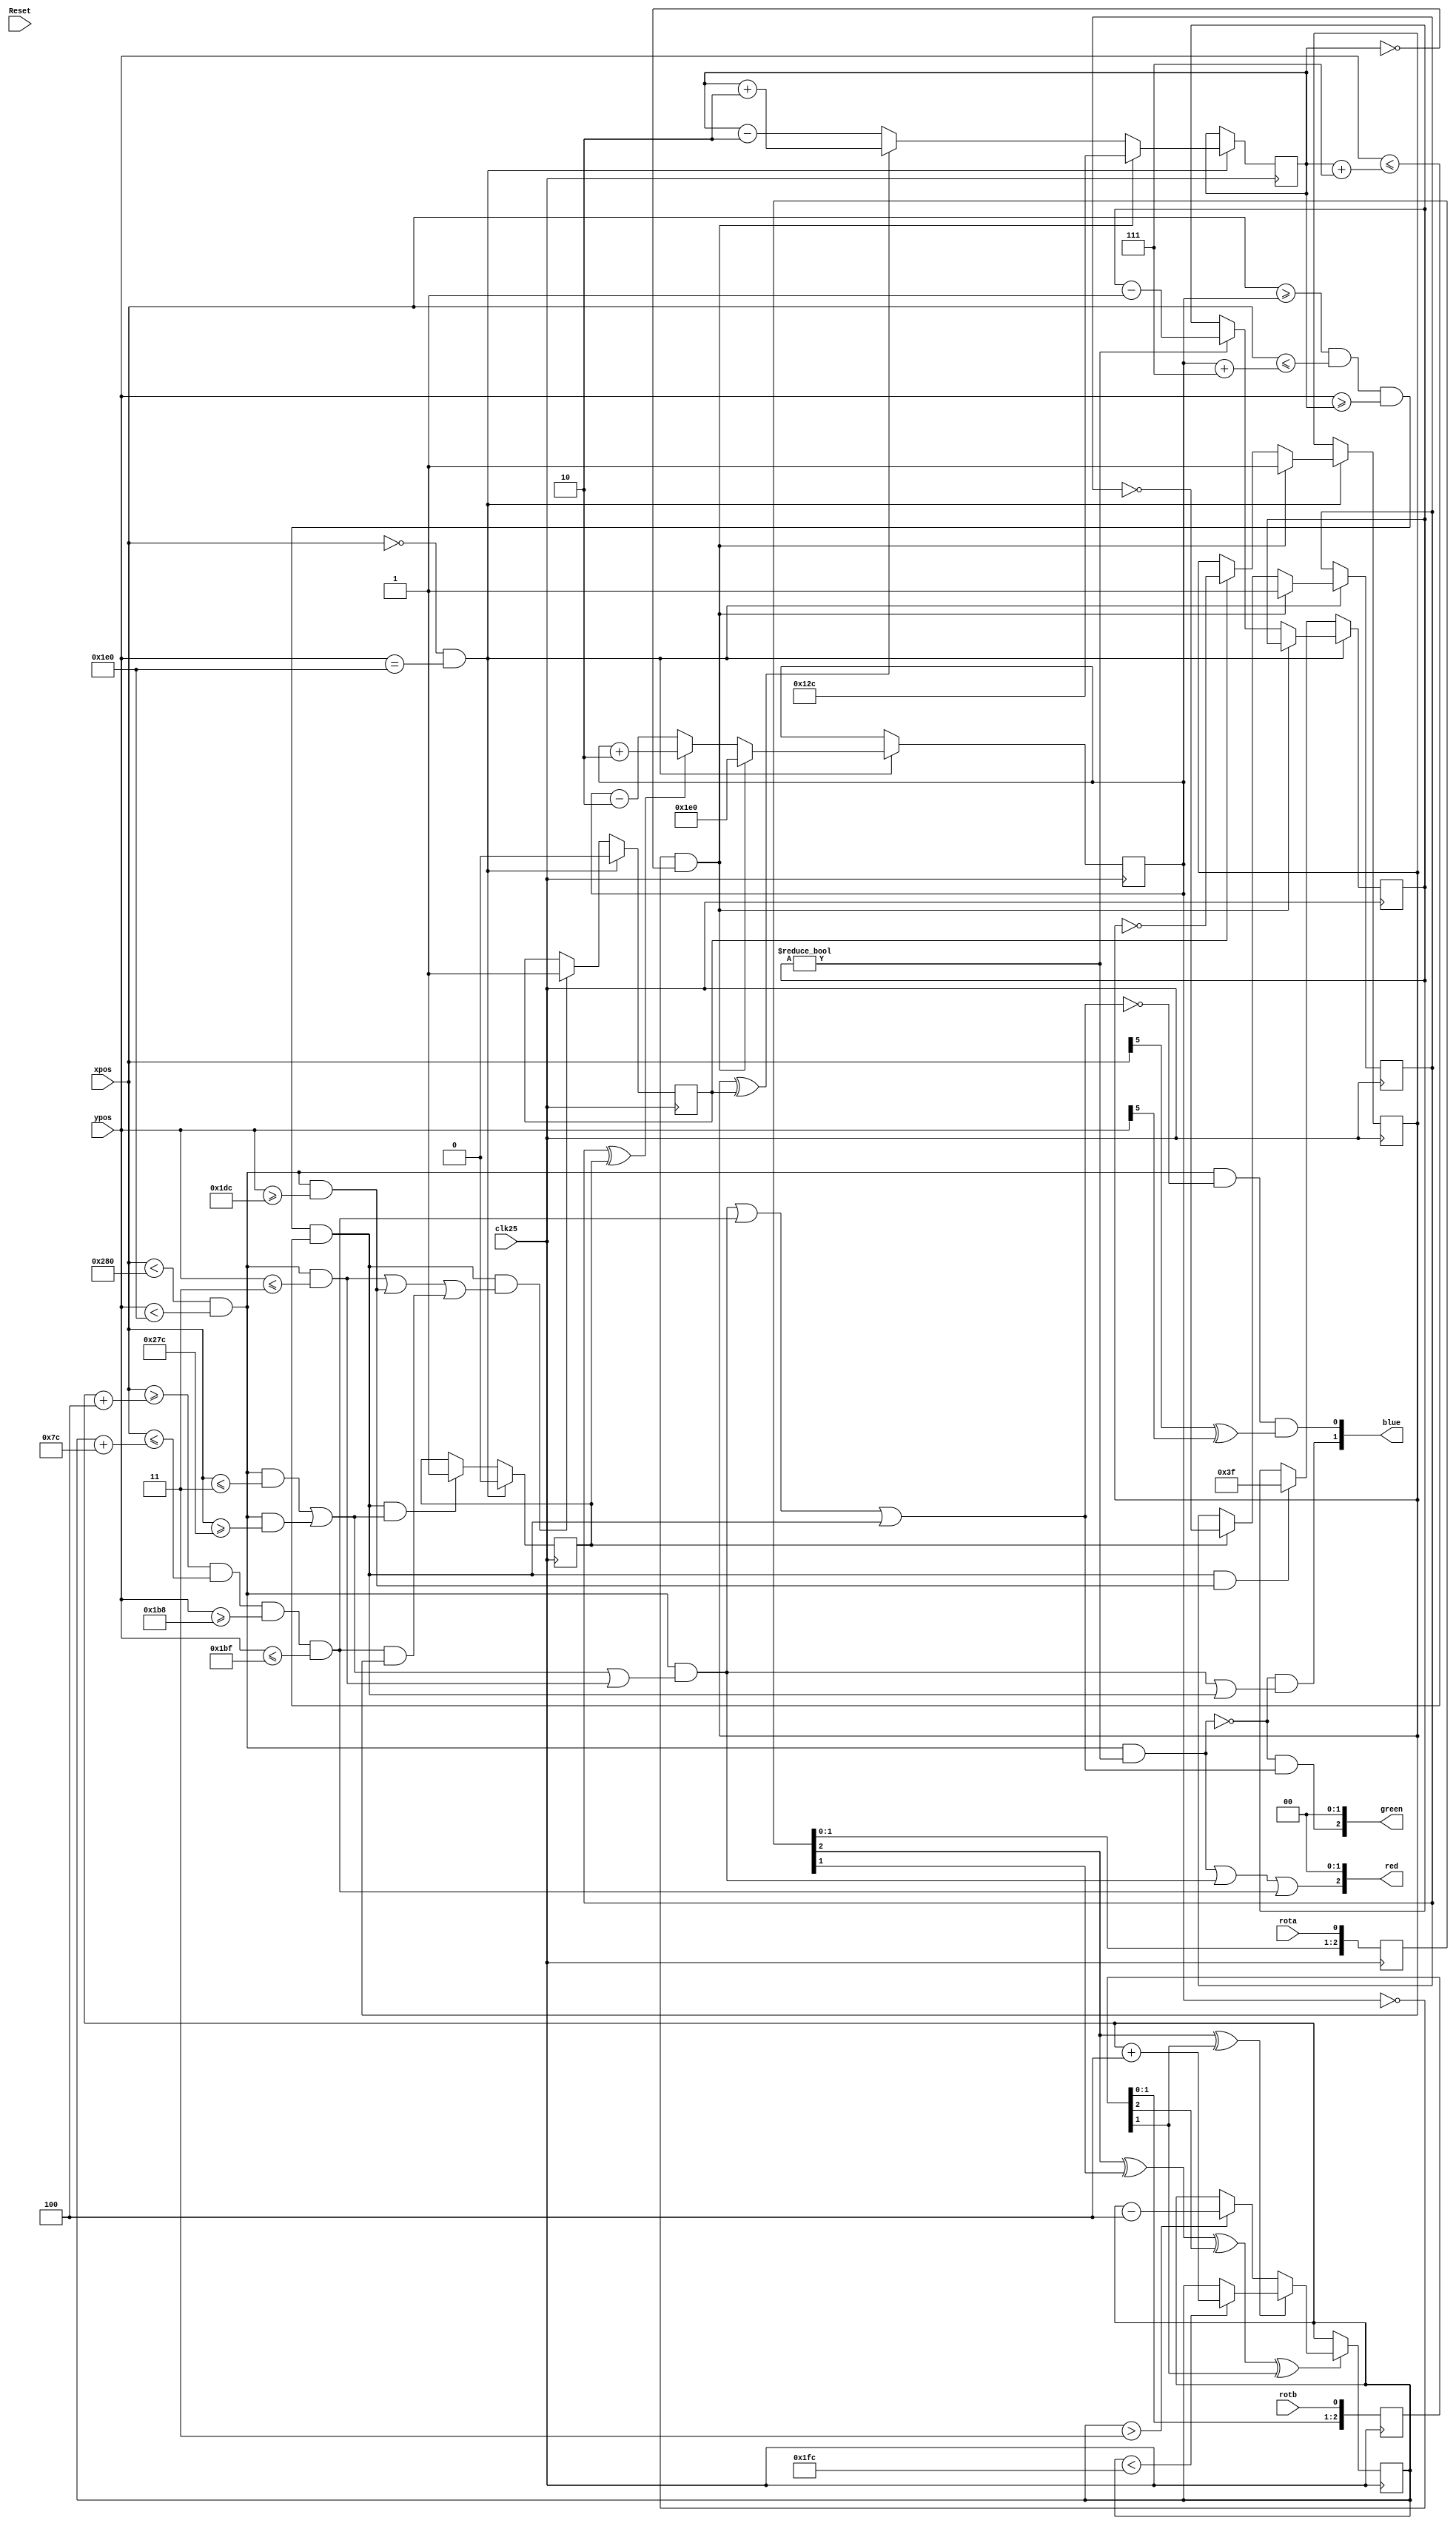
module game_module2015(input clk25, input Reset,
				input [9:0] xpos,
				input [9:0] ypos,
				input rota,
				input rotb,
				output [2:0] red,
				output [2:0] green,
				output [1:0] blue);
		
// paddle movement		
reg [8:0] paddlePosition;
reg [2:0] quadAr, quadBr;
always @(posedge clk25) quadAr <= {quadAr[1:0], rota};
always @(posedge clk25) quadBr <= {quadBr[1:0], rotb};

always @(posedge clk25)
if(quadAr[2] ^ quadAr[1] ^ quadBr[2] ^ quadBr[1])
begin
	if(quadAr[2] ^ quadBr[1]) begin
		if(paddlePosition < 508)        // make sure the value doesn't overflow
			paddlePosition <= paddlePosition + 3'd4;
	end
	else begin
		if(paddlePosition > 2'd3)        // make sure the value doesn't underflow
			paddlePosition <= paddlePosition - 3'd4;
	end
end
		
// ball movement	
reg [9:0] ballX;
reg [8:0] ballY;
reg ballXdir, ballYdir;
reg bounceX, bounceY;
	
wire endOfFrame = (xpos == 0 && ypos == 480);
	
always @(posedge clk25) begin
	if (endOfFrame) begin // update ball position at end of each frame
		if (ballX == 0 && ballY == 0) begin // cheesy reset handling, assumes initial value of 0
			ballX <= 480;
			ballY <= 300;
		end
		else begin
			if (ballXdir ^ bounceX) 
				ballX <= ballX + 2'd2;
			else 
				ballX <= ballX - 2'd2;	

			if (ballYdir ^ bounceY) 
				ballY <= ballY + 2'd2;
			else
				ballY <= ballY - 2'd2;	
		end
	end	
end		
		
// pixel color	
reg [5:0] missTimer;	
wire visible = (xpos < 640 && ypos < 480);
wire top = (visible && ypos <= 3);
wire bottom = (visible && ypos >= 476);
wire left = (visible && xpos <= 3);
wire right = (visible && xpos >= 636);
wire border = (visible && (left || right || top));
wire paddle = (xpos >= paddlePosition+4 && xpos <= paddlePosition+124 && ypos >= 440 && ypos <= 447);
wire ball = (xpos >= ballX && xpos <= ballX+7 && ypos >= ballY && ypos <= ballY+7);
wire background = (visible && !(border || paddle || ball));
wire checkerboard = (xpos[5] ^ ypos[5]);
wire missed = visible && missTimer != 0;

assign red   = { missed || border || paddle, 2'b00 };
assign green = { !missed && (border || paddle || ball), 2'b00 };
assign blue  = { !missed && (border || ball), background && checkerboard}; 
		
// ball collision	
always @(posedge clk25) begin
	if (!endOfFrame) begin
		if (ball && (left || right))
			bounceX <= 1;
		if (ball && (top || bottom || (paddle && ballYdir)))
			bounceY <= 1;
		if (ball && bottom)
			missTimer <= 63;
	end
	else begin
		if (ballX == 0 && ballY == 0) begin // cheesy reset handling, assumes initial value of 0
			ballXdir <= 1;
			ballYdir <= 1;
			bounceX <= 0;
			bounceY <= 0;
		end 
		else begin
			if (bounceX)
				ballXdir <= ~ballXdir;
			if (bounceY)
				ballYdir <= ~ballYdir;			
			bounceX <= 0;
			bounceY <= 0;
			if (missTimer != 0)
				missTimer <= missTimer - 1'b1;
		end
	end
end
		
endmodule